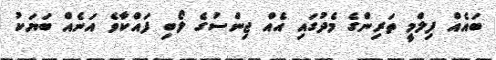
ބައެއް ފިލްމީ ތަރިންގެ މެދުގައި އެއް ޖިންސުގެ ލޯބި ފައްކާވެ އަނެއް ބަޔަކު